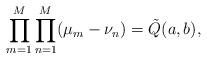
LaTeX: \begin{align*}\prod_{m=1}^M\prod_{n=1}^M(\mu_m-\nu_{n})=\tilde{Q}(a,b),\end{align*}